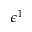
\epsilon ^ { 1 }